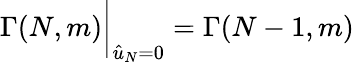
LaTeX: \Gamma(N,m)\bigg\vert_{{\hat{u}}_{N}=0}=\Gamma(N-1,m)